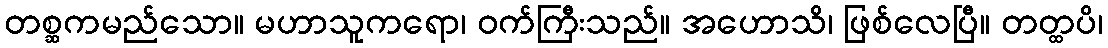
တစ္ဆကမည်သော။ မဟာသူကရော၊ ဝက်ကြီးသည်။ အဟောသိ၊ ဖြစ်လေပြီ။ တတ္ထပိ၊